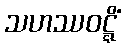
သဟဿဝဋ္ဋိံ